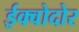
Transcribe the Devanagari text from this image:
ईक्वोदोर